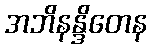
အဘိနန္ဒိတေန